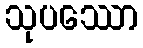
သုပဿော